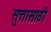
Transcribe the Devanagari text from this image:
सुत्तासाठी